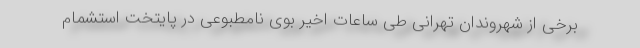
برخی از شهروندان تهرانی طی ساعات اخیر بوی نامطبوعی در پایتخت استشمام